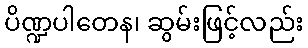
ပိဏ္ဍပါတေန၊ ဆွမ်းဖြင့်လည်း